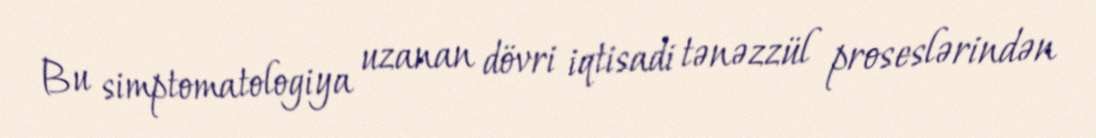
Bu simptomatologiya uzanan dövri iqtisadi tənəzzül proseslərindən